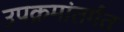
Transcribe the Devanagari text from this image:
उपक्रमांतर्गत